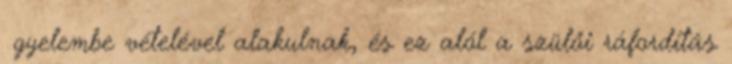
ﬁgyelembe vételével alakulnak, és ez alól a szülői ráfordítás